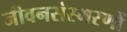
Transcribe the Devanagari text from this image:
जीवनसंस्मरणों